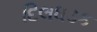
દિલધડક